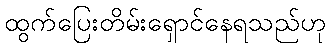
ထွက်ပြေးတိမ်းရှောင်နေရသည်ဟု